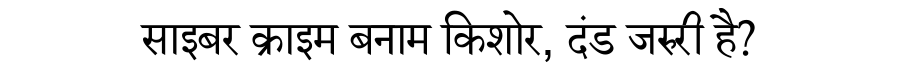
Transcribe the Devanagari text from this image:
साइबर क्राइम बनाम किशोर, दंड जरुरी है?